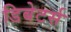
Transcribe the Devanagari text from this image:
डिबेटर्स